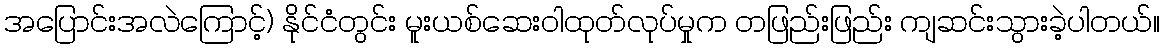
အပြောင်းအလဲကြောင့်) နိုင်ငံတွင်း မူးယစ်ဆေးဝါထုတ်လုပ်မှုက တဖြည်းဖြည်း ကျဆင်းသွားခဲ့ပါတယ်။